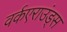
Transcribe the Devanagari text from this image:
वर्कएराउंड्स